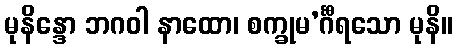
မုနိန္ဒော ဘဂဝါ နာထော၊ စက္ခုမ’င်္ဂီရသော မုနိ။